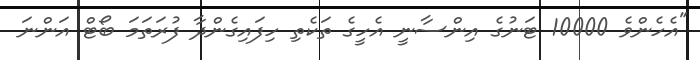
"އެހެންވެ 10000 ޓަނުގެ އިންސާނީ އެހީގެ ތަކެތި ހިފައިގެންދާ ފުރަތަމަ ބޯޓް އަންނަ